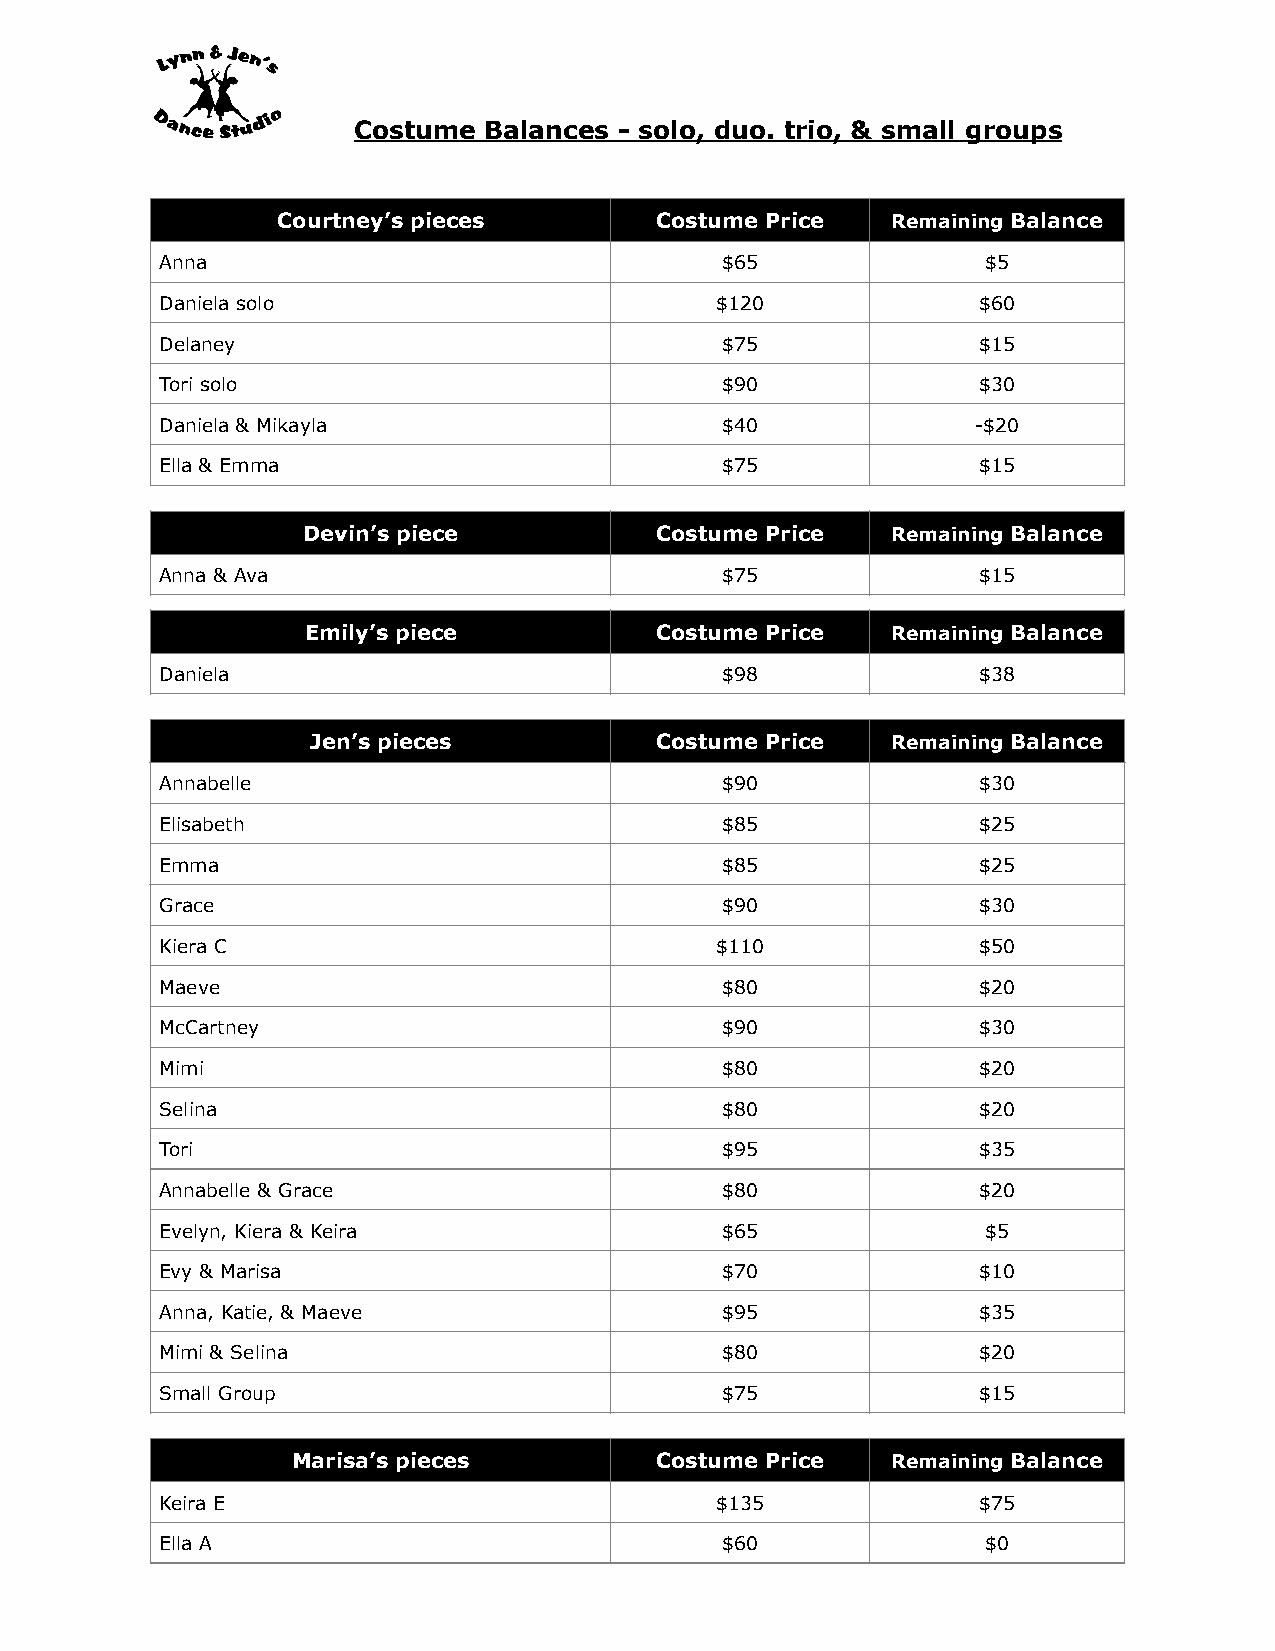
Costume  Balances - solo, duo. trio, & small groups
 Courtney’s pieces        Costume Price   Remaining Balance
 Anna                                 $65              $5
 Daniela solo                        $120              $60
 Delaney                              $75              $15
 Tori solo                            $90              $30
 Daniela & Mikayla                    $40              -$20
 Ella & Emma                          $75              $15
 Devin’s piece          Costume Price   Remaining Balance
 Anna & Ava                           $75              $15
 Emily’s piece          Costume Price   Remaining Balance
 Daniela                              $98              $38
 Jen’s pieces          Costume Price   Remaining Balance
 Annabelle                            $90              $30
 Elisabeth                            $85              $25
 Emma                                 $85              $25
 Grace                                $90              $30
 Kiera C                             $110              $50
 Maeve                                $80              $20
 McCartney                            $90              $30
 Mimi                                 $80              $20
 Selina                               $80              $20
 Tori                                 $95              $35
 Annabelle & Grace                    $80              $20
 Evelyn, Kiera & Keira                $65              $5
 Evy & Marisa                         $70              $10
 Anna, Katie, & Maeve                 $95              $35
 Mimi & Selina                        $80              $20
 Small Group                          $75              $15
 Marisa’s pieces         Costume Price   Remaining Balance
 Keira E                             $135              $75
 Ella A                               $60              $0